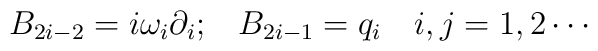
B_{2i-2} =i \omega _i \partial _i ;\;\;\; B_{2i-1} =q_i \ \ \ i,j =1,2\cdots